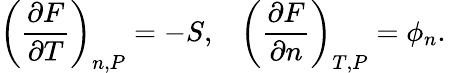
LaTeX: \left(\frac{\partial F}{\partial T}\right)_{n,P}=-S,\, \, \, \, \, \left(\frac{\partial F}{\partial n}\right)_{T,P}=\phi_{n}.\, \, \, \,